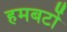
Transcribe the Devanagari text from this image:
हमबर्टो